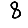
Digit: 8